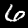
Digit: 6